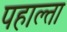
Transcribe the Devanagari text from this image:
पहाल्ता